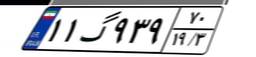
۴۵گ۱۷۴۹۲